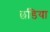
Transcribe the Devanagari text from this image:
छडिया